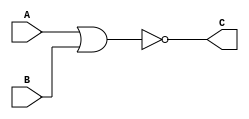
module norGate(A, B, C); 
input A, B;
output C; 
assign C = ~(A | B); 
endmodule

module test; 
reg A, B; 
wire C; 
norGate i(A, B, C); 
initial 
begin 
    A= 1'b0; B= 1'b0;
    $monitor("Time= %0t, A= %b , B= %b, C= %b" , $time , A, B, C);
    #5 A= 1'b0; B= 1'b1;
    #5 A= 1'b1; B= 1'b0;
    #5 A= 1'b1; B= 1'b1;
end
endmodule